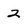
Character: 2